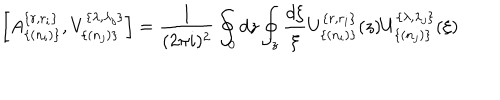
\left[ A _ { \{ ( n _ { i } ) \} } ^ { \{ r , r _ { i } \} } , V _ { \{ ( n _ { j } ) \} } ^ { \{ \lambda , \lambda _ { j } \} } \right] = \frac { 1 } { ( 2 \pi i ) ^ { 2 } } \oint _ { 0 } d z \oint _ { z } \frac { d \xi } { \xi } U _ { \{ ( n _ { i } ) \} } ^ { \{ r , r _ { i } \} } ( z ) U _ { \{ ( n _ { j } ) \} } ^ { \{ \lambda , \lambda _ { j } \} } ( \xi )